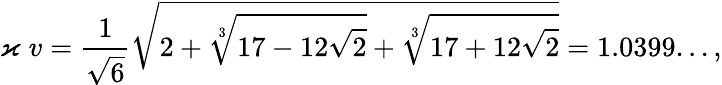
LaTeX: \varkappa\; v=\frac{1}{\sqrt{6}}\sqrt{2+\sqrt[3]{17-12\sqrt{2}}+\sqrt[3]{17+12\sqrt{2}}}=1.0399...,